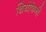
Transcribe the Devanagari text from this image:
थियोफेनी